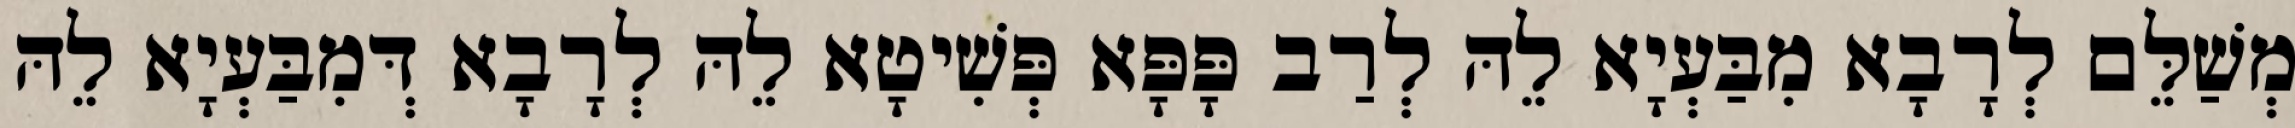
מְשַׁלֵּם לְרָבָא מִבַּעְיָא לֵהּ לְרַב פָּפָּא פְּשִׁיטָא לֵהּ לְרָבָא דְּמִבַּעְיָא לֵהּ